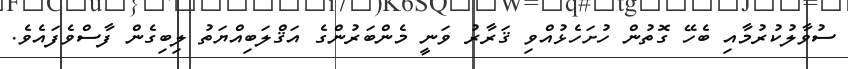
ސުވާލުކުރުމާއި ބެހޭ ގޮތުން ހުށަހެޅުއްވި ޤަރާރު ވަނީ މެންބަރުންގެ އަޤްލަބިއްޔަތު ލިބިގެން ފާސްވެފައެވެ.